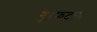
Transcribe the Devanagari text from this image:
गुरफटली